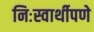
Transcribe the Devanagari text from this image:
निःस्वार्थीपणे